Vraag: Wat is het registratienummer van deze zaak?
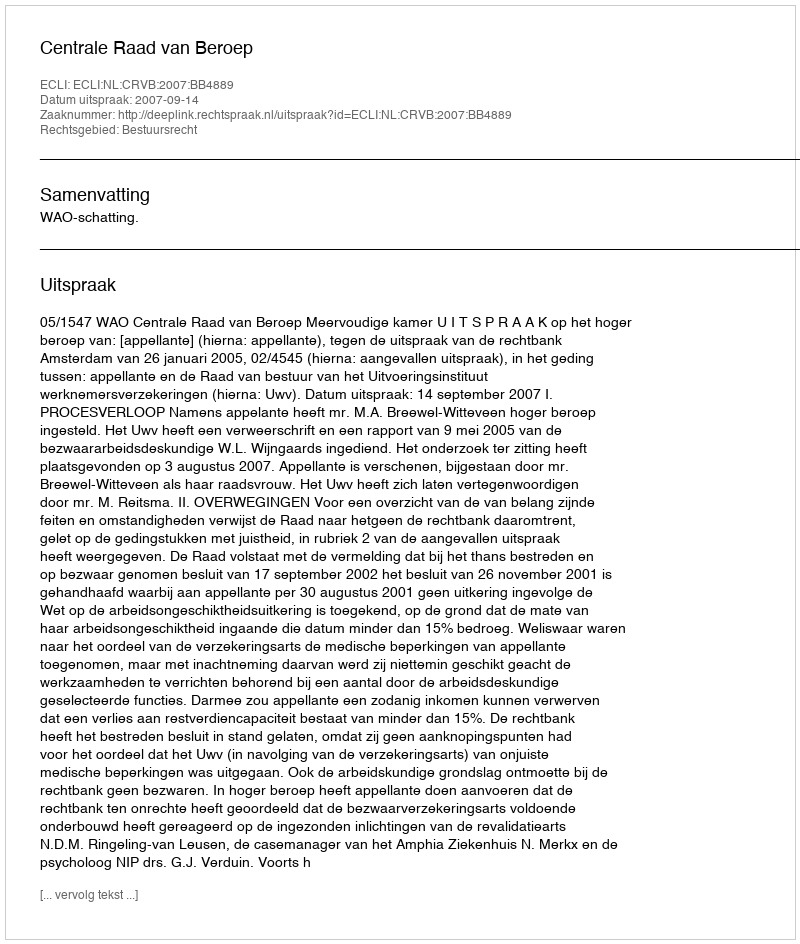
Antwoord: http://deeplink.rechtspraak.nl/uitspraak?id=ECLI:NL:CRVB:2007:BB4889